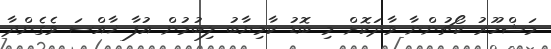
މަޝްހޫރު ކޯޗުންނާ ވާދަކޮށް މި ބޮޑު ކާމިޔާބު ލިބުމުން އުފާ ޚާއްސަ ވެގެންދާ